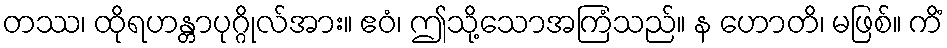
တဿ၊ ထိုရဟန္တာပုဂ္ဂိုလ်အား။ ဧဝံ၊ ဤသို့သောအကြံသည်။ န ဟောတိ၊ မဖြစ်။ ကိံ